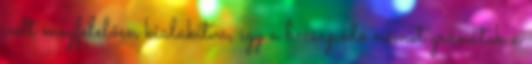
volt megfelelően kialakítva, így a becsapódó német gránátok a